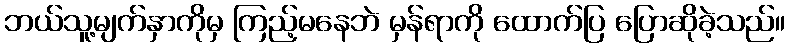
ဘယ်သူ့မျက်နှာကိုမှ ကြည့်မနေဘဲ မှန်ရာကို ထောက်ပြ ပြောဆိုခဲ့သည်။